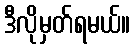
ဒီလိုမှတ်ရမယ်။